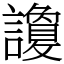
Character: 讂